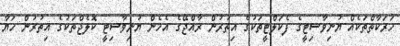
ހަރަކާތްތަކެއް ޔުނިވާސިޓީގެ ފެކަލްޓީތަކުގެ އިތުރުން ރާއްޖޭގެ އެހެން ޔުނިވާސިޓީ ކޮލެޖްތަކުގެ އިތުރުން ހަޔާ